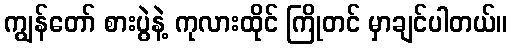
ကျွန်တော် စားပွဲနဲ့ ကုလားထိုင် ကြိုတင် မှာချင်ပါတယ်။